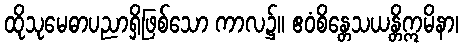
ထိုသုမေဓာပညာရှိဖြစ်သော ကာလ၌။ ဧဝံစိန္တေသယန္တိဣမိနာ၊